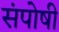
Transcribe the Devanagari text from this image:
संपोषी